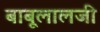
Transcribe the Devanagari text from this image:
बाबूलालजी